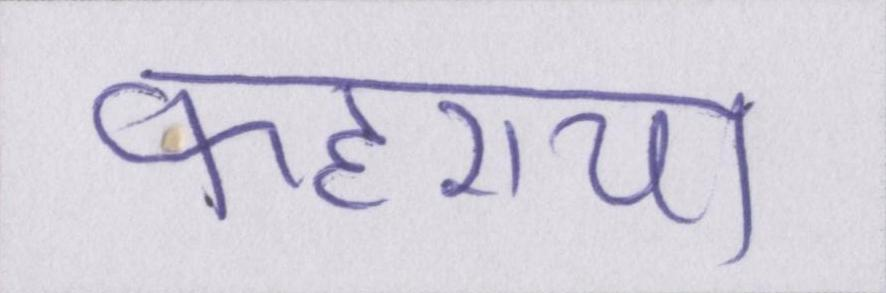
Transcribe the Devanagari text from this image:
फहराया